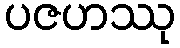
ပဇဟဿု